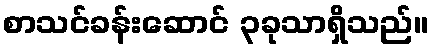
စာသင်ခန်းဆောင် ၃ခုသာရှိသည်။